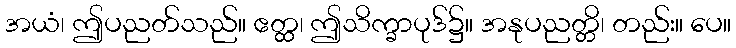
အယံ၊ ဤပညတ်သည်။ ဧတ္ထ၊ ဤသိက္ခာပုဒ်၌။ အနုပညတ္တိ၊ တည်း။ ပေ။